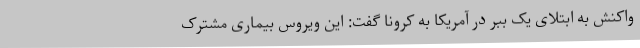
واکنش به ابتلای یک ببر در آمریکا به کرونا گفت: این ویروس بیماری مشترک